Vaccination report Assam 1896-1927 - 1896-1927
Year: 1896
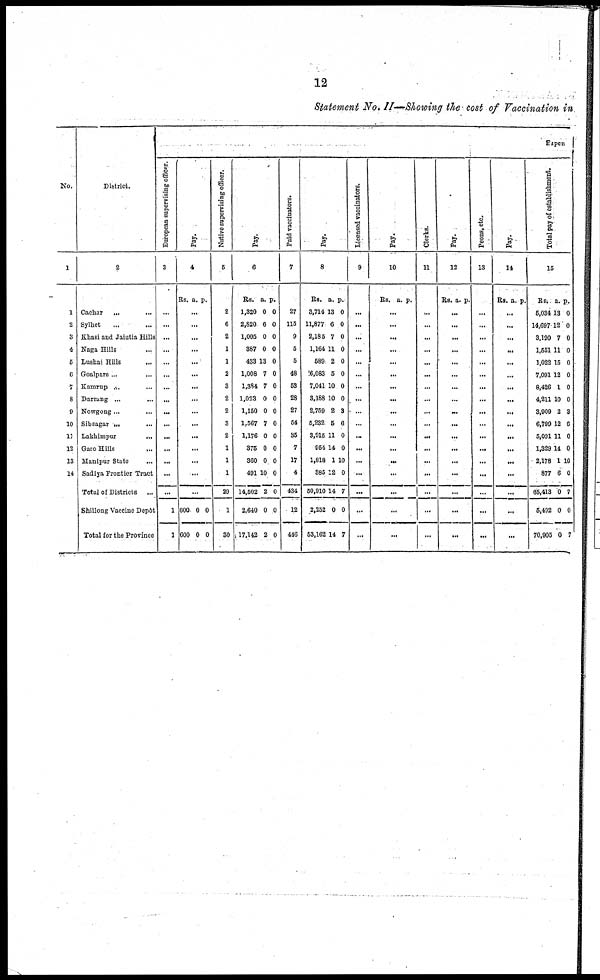
12
Statement No. II—Showing the cost of Vaccination in
No.
1
1
2
3
4
5
6
7
8
9
10
11
12
13
14
District.
2
Cachar ... ...
Sylhet
... ...
Khasi and Jaintia Hills
Naga Hills ...
Lushai Hills ...
Goalpara...
...
Kamrup ...
...
Darning ... ...
Nowgong... ...
Sibsagar ... ...
Lakhimpur
...
Garo Hills ...
Manipur State
...
Sadiya Frontier Tract
Total of Districts ...
Shillong Vaccine Depôt
Total for the Province
Expen
European supervising officer.
3
...
...
...
...
...
...
...
...
...
...
...
...
...
...
...
1
1
Pay.
4
Rs. a. p.
...
...
...
...
...
...
...
...
...
...
...
...
...
...
...
600
600
0
0
0
0
Native supervising officer.
5
2
6
2
1
1
2
3
2
2
3
2
1
1
1
29
1
30
Pay.
6
Rs.
1,320
2,820
1,005
387
433
1,008
1,384
1,023
1,150
1,567
1,176
375
360
491
14,502
2,640
17,142
a.
0
6
0
0
13
7
7
0
0
7
0
0
0
10
2
0
2
p.
0
0
0
0
0
0
0
0
0
0
0
0
0
0
0
0
0
Paid vaccinators.
7
27
115
9
5
5
48
53
28
27
54
35
7
17
4
434
12
446
Pay.
8
Rs.
3,714
11,877
2,185
1,164
589
6,083
7,041
3,188
2,759
5,232
3,915
964
1,818
385
50,910
2,252
53,162
a.
13
6
7
11
2
5
10
10
2
5
11
14
1
12
14
0
14
p.
0
0
0
0
0
0
0
0
3
6
0
0
10
0
7
0
7
Licensed vaccinators.
9
...
...
...
...
...
...
...
...
...
...
...
...
...
...
...
...
...
Pay.
10
Rs. a. p.
...
...
...
...
...
...
...
...
...
...
...
...
...
...
...
...
...
Clerks.
11
...
...
...
...
...
...
...
...
...
...
...
...
...
...
...
...
...
Pay.
12
Rs. a. p.
...
...
...
...
...
...
...
...
...
...
...
...
...
...
...
...
...
Peons, etc.
13
...
...
...
...
...
...
...
...
...
...
...
...
...
...
...
...
...
Pay.
14
Rs. a. p.
...
...
...
...
...
...
...
...
...
...
...
...
...
...
...
...
...
Total pay of establishment.
15
Rs.
5,034
14,697
3,190
1,551
1,022
7,091
8,426
4,211
3,909
6,799
5,091
1,329
2,178
877
65,413
5,492
70,905
a.
13
12
7
11
15
12
1
10
2
12
11
14
1
6
0
0
0
p.
0
0
0
0
0
0
0
0
9
6
0
0
10
0
7
0
7